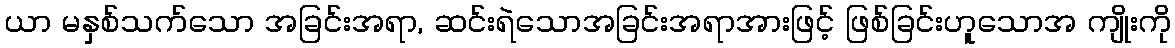
ယာ မနှစ်သက်သော အခြင်းအရာ, ဆင်းရဲသောအခြင်းအရာအားဖြင့် ဖြစ်ခြင်းဟူသောအ ကျိုးကို